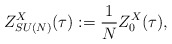
\begin{align*}Z_{SU(N)}^X(\tau):= \frac{1}{N} Z_0^X(\tau),\end{align*}